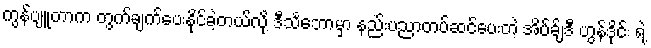
ကွန်ပျူတာက တွက်ချက်ပေးနိုင်ခဲ့တယ်လို့ ဒီသင်္ဘောမှာ နည်းပညာတပ်ဆင်ပေးတဲ့ အိပ်ခ်ျဒီ ဟွန်ဒိုင်း ရဲ့